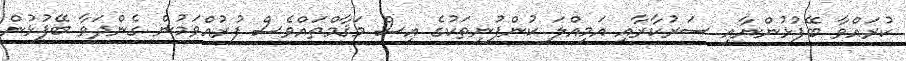
ކުރައްވާ ބޭފުޅުންނާއި ސަރުކާރާއި އަމިއްލަ ކުންފުނިތަކުގެ އިސް މަޤާމްތައްވެސް ފުރުއްވަމުން ގެންދަވާ ބޭފުޅުން